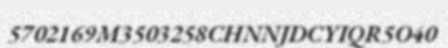
5702169M3503258CHNNJDCYIQR5O40